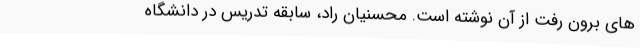
های برون رفت از آن نوشته است. محسنیان راد، سابقه تدریس در دانشگاه